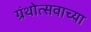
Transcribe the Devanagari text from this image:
ग्रंथोत्सवाच्या